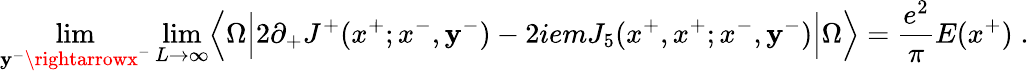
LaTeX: \operatorname*{lim}_{\mathbf{y}^{-}\rightarrowx^{-}}\operatorname*{lim}_{L\rightarrow\infty}\Bigl\langle\Omega\Bigl\vert2\partial_{+}J^{+}(x^{+};x^{-},\mathbf{y}^{-})-2iemJ_{5}(x^{+},x^{+};x^{-},\mathbf{y}^{-})\Bigr\vert\Omega\Bigr\rangle={\frac{{e^{2}}}{{\pi}}}E(x^{+})\; .